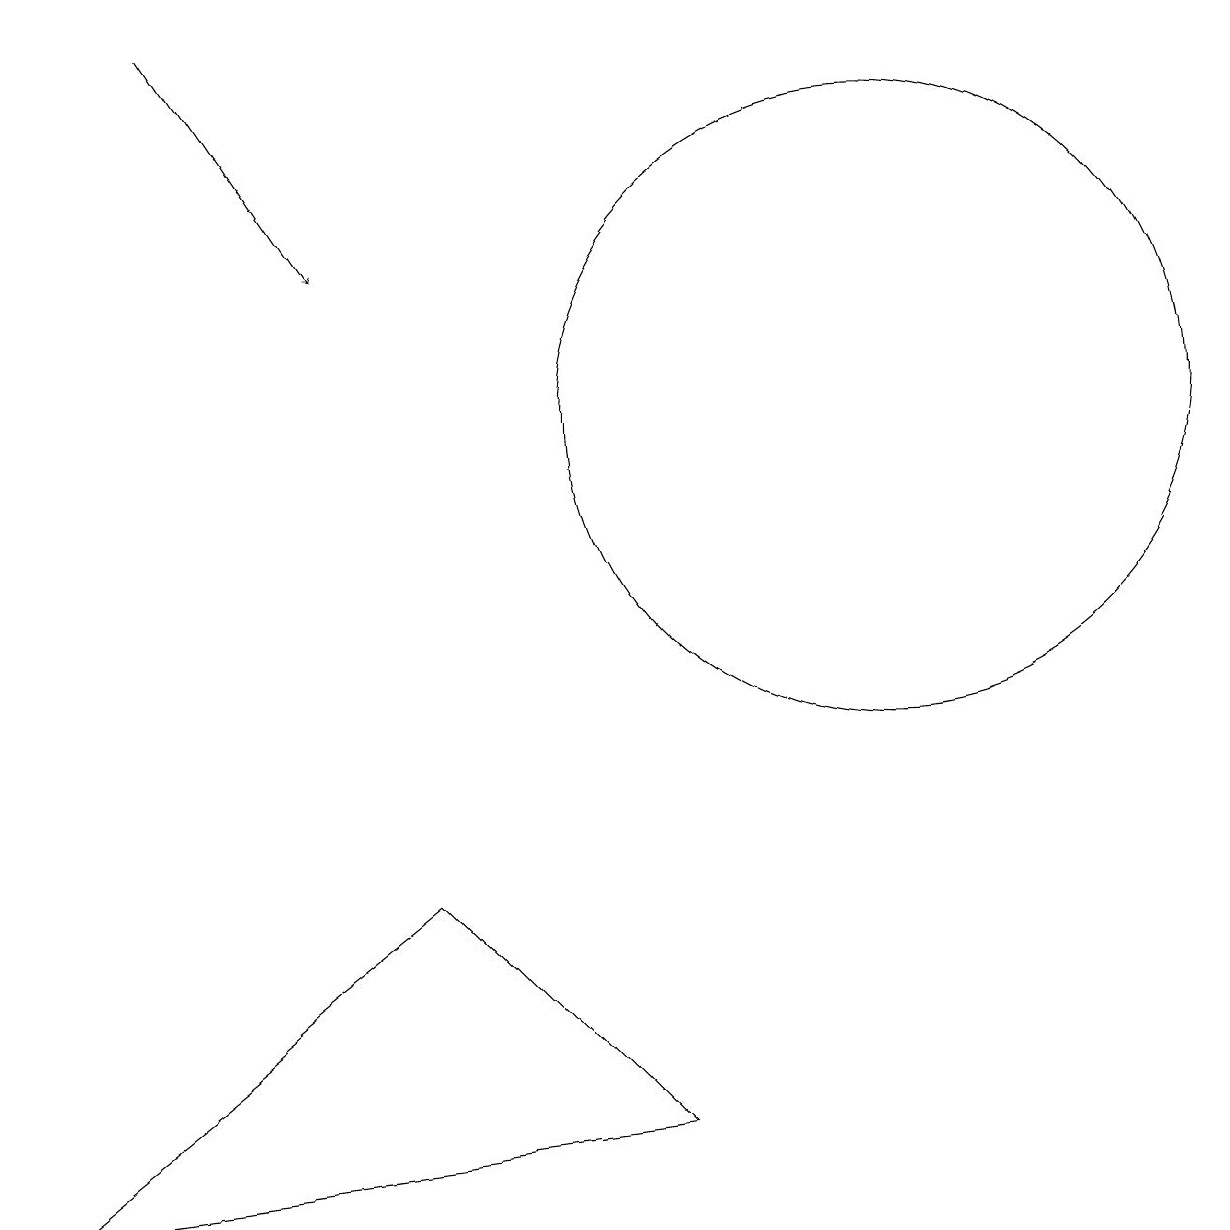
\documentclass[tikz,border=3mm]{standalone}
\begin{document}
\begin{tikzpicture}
\draw[->] (2,15) -- (4,12);
\draw (0,0) -- (5,4) -- (8,1) -- cycle;
\draw (11,10) circle (4);
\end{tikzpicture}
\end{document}